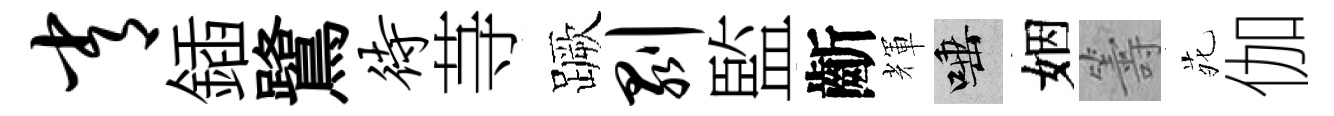
常鍤鷺待䒭蹶剥監齗輝唾姻籌𫟍伽